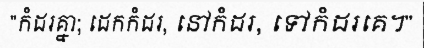
"កំដរគ្នា; ដេកកំដរ, នៅកំដរ, ទៅកំដរគេ។"